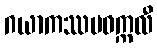
ဂယာကဿပဝက္ကလီ